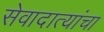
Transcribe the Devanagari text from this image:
सेवादात्यांचा